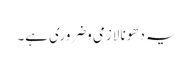
یہ دھونا لازمی وضروری ہے۔